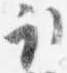
取